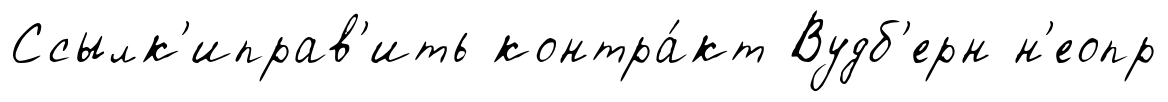
Ссылк'иправ'ить контра́кт Вудб'ерн н'еопр